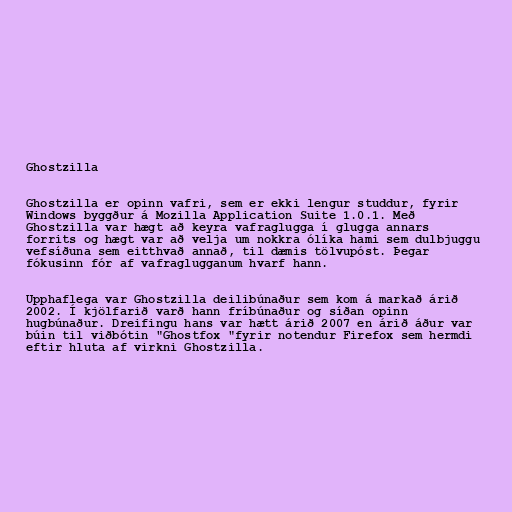
Ghostzilla

Ghostzilla er opinn vafri, sem er ekki lengur studdur, fyrir
Windows byggður á Mozilla Application Suite 1.0.1. Með
Ghostzilla var hægt að keyra vafraglugga í glugga annars
forrits og hægt var að velja um nokkra ólíka hami sem dulbjuggu
vefsíðuna sem eitthvað annað, til dæmis tölvupóst. Þegar
fókusinn fór af vafraglugganum hvarf hann.

Upphaflega var Ghostzilla deilibúnaður sem kom á markað árið
2002. Í kjölfarið varð hann fríbúnaður og síðan opinn
hugbúnaður. Dreifingu hans var hætt árið 2007 en árið áður var
búin til viðbótin "Ghostfox "fyrir notendur Firefox sem hermdi
eftir hluta af virkni Ghostzilla.